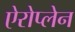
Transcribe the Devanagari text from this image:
ऐरोप्लेन